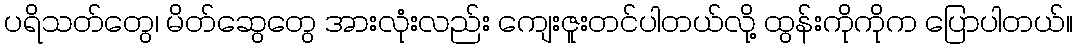
ပရိသတ်တွေ၊ မိတ်ဆွေတွေ အားလုံးလည်း ကျေးဇူးတင်ပါတယ်လို့ ထွန်းကိုကိုက ပြောပါတယ်။